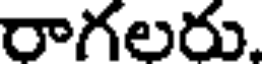
రాగలరు.